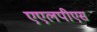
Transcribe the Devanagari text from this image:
एएलपीएस